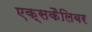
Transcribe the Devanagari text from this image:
एक्सकैलिबर